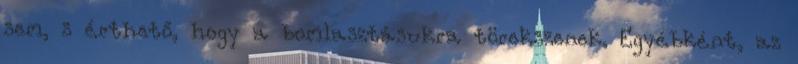
sem, s érthető, hogy a bomlasztásukra törekszenek. Egyébként, az